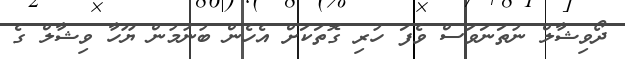
ދޯވިޝާލް ނުތަނަވަސް ވެފަ ހުރި ގޮތަކަށް އެހެން ބުނުމުން ޔޫހާ ވިޝާލް ގެ